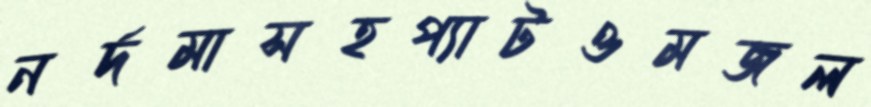
নর্দমাসহপ্যাটওমজল